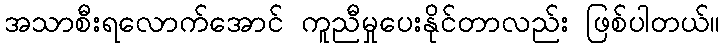
အသာစီးရလောက်အောင် ကူညီမှုပေးနိုင်တာလည်း ဖြစ်ပါတယ်။